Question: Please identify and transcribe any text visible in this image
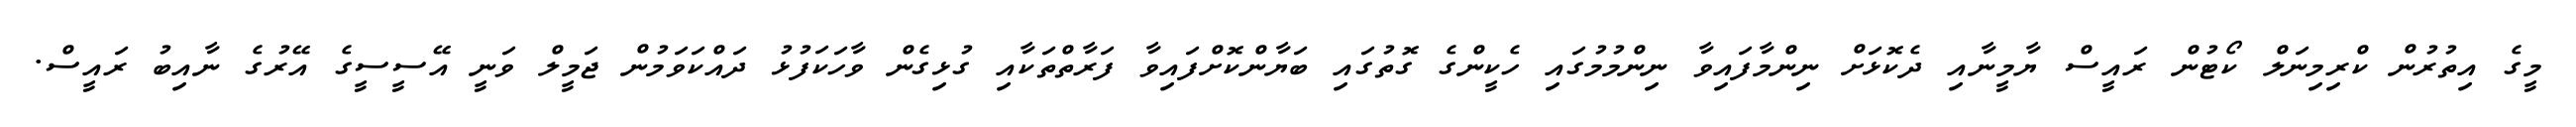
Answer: މީގެ އިތުރުން ކްރިމިނަލް ކޯޓުން ރައީސް ޔާމީނާއި ދެކޮޅަށް ނިންމާފައިވާ ނިންމުމުގައި ހެކީންގެ ގޮތުގައި ބަޔާންކޮށްފައިވާ ފަރާތްތަކާއި ގުޅިގެން ވާހަކަފުޅު ދައްކަވަމުން ޖަމީލް ވަނީ އޭސީސީގެ އޭރުގެ ނާއިބު ރައީސް.